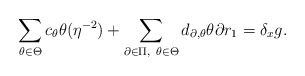
\begin{align*}\sum_{\theta\in\Theta}c_\theta\theta(\eta^{-2})+\sum_{\partial\in\Pi, \ \theta\in\Theta}d_{\partial,\theta}\theta\partial r_1 = \delta_xg.\end{align*}